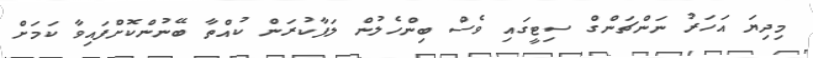
މިދިޔަ އަހަރު ނަންޗަންގް ސިޓީގައި ވެސް ބިންހެލުން ލަފާކުރަން ކުއްތާ ބޭނުންކޮށްފައިވާ ކަމަށް